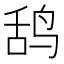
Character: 鸹